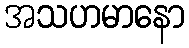
အသဟမာနော